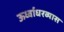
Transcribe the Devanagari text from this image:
ऊर्ध्वाधरव्यास